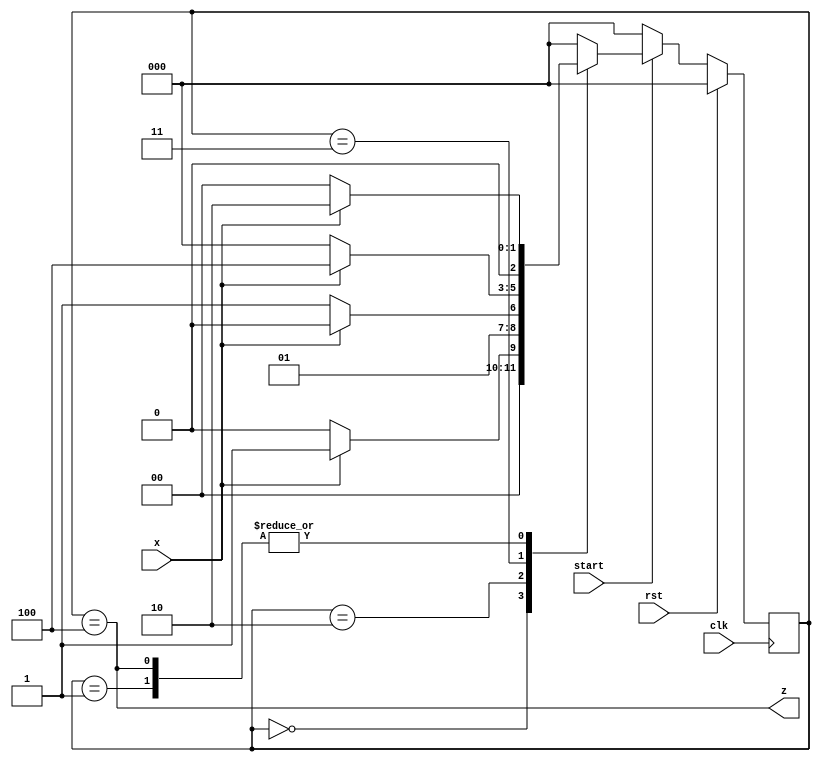
module moore_detector1101 (input x, start, rst, clk, output z );
parameter a=0, b=1, c=2, d=3, e=4;
reg [2:0] current;
always @( posedge clk )
if ( rst )  current <= a;
else if ( ~start ) current <= a;
else case ( current )
a : current <= x ? b : a ;
b : current <= x ? c : a ;
c : current <= x ? c : d ;
d : current <= x ? e : a ;
e : current <= x ? c : a ;
default: current <= a;
endcase
assign z = (current==e);
endmodule